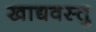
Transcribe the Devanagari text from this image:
खाद्यवस्तु